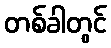
တစ်ခါတွင်